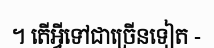
។ តើអ្វីទៅជាច្រើនទៀត -